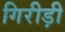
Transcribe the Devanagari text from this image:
गिरीड़ी